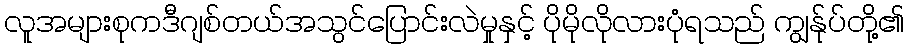
လူအများစုကဒီဂျစ်တယ်အသွင်ပြောင်းလဲမှုနှင့် ပိုမိုလိုလားပုံရသည် ကျွန်ုပ်တို့၏